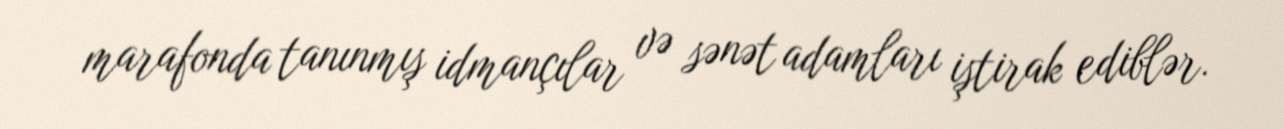
marafonda tanınmış idmançılar və sənət adamları iştirak ediblər.